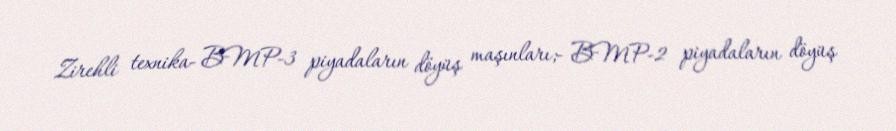
Zirehli texnika- BMP-3 piyadaların döyüş maşınları;- BMP-2 piyadaların döyüş